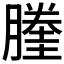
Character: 𰯙